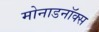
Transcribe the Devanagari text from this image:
मोनाडनॉक्स